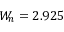
W _ { n } = 2 . 9 2 5